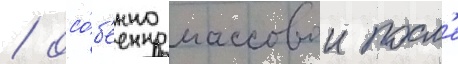
/ осо́б'енно массовои посл'е